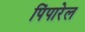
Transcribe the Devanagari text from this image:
पिंपारेल